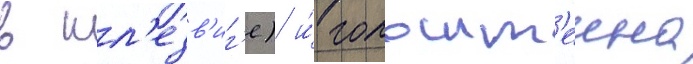
в шл'езв'иг'е) и́ гольшт'еина